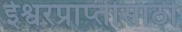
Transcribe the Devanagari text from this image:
ईश्वरप्राप्‍तीसाठी